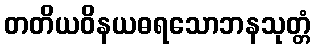
တတိယဝိနယဓရသောဘနသုတ္တံ